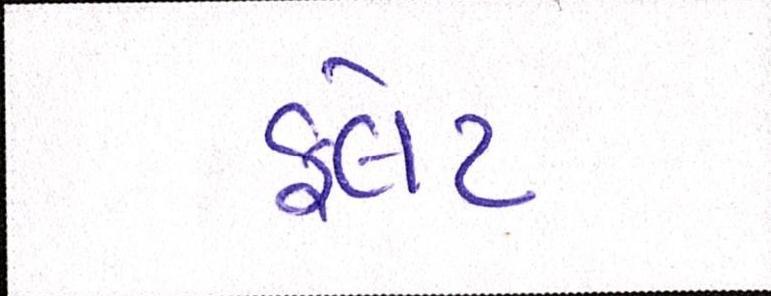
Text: ફલેટ